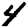
Digit: 4